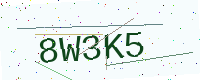
Text: 8W3K5